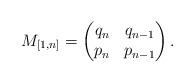
LaTeX: \begin{align*}M_{[1,n]}=\left(\begin{matrix}q_n & q_{n-1} \\p_n & p_{n-1}\end{matrix}\right).\end{align*}